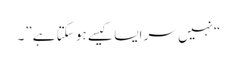
“نہیں سر ایسا کیسے ہو سکتا ہے”۔